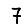
Digit: 7